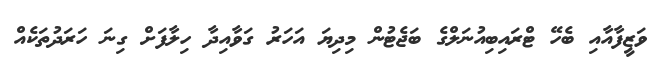
ވަޒީފާއާއި ބެހޭ ޓްރައިބިއުނަލްގެ ބަޖެޓުން މިދިޔަ އަހަރު ގަވާއިދާ ހިލާފަށް ގިނަ ހަރަދުތަކެއް